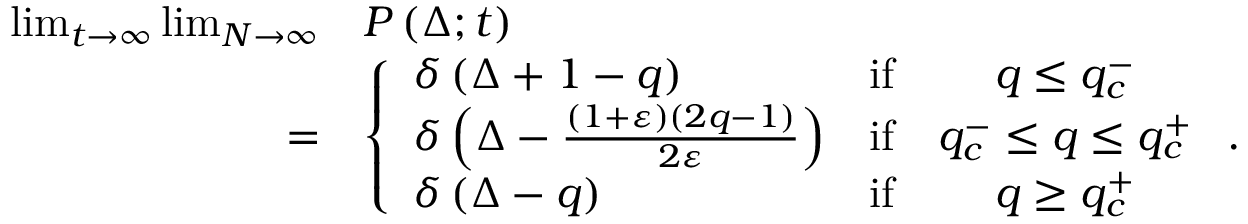
\begin{array} { r l } { \operatorname* { l i m } _ { t \to \infty } \operatorname* { l i m } _ { N \to \infty } } & { P \left( \Delta ; t \right) } \\ { = } & { \left\{ \begin{array} { l c c } { \delta \left( \Delta + 1 - q \right) } & { \mathrm { i f } } & { q \leq q _ { c } ^ { - } } \\ { \delta \left( \Delta - \frac { \left( 1 + \varepsilon \right) \left( 2 q - 1 \right) } { 2 \varepsilon } \right) } & { \mathrm { i f } } & { q _ { c } ^ { - } \leq q \leq q _ { c } ^ { + } } \\ { \delta \left( \Delta - q \right) } & { \mathrm { i f } } & { q \geq q _ { c } ^ { + } } \end{array} \right. . } \end{array}